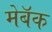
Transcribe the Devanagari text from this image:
मेबॅक